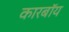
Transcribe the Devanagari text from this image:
कारबॉय